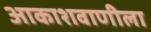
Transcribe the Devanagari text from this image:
आकाशवाणीला